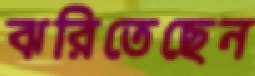
ঝরিতেছেন